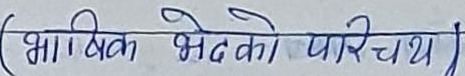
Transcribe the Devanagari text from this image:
(भाविक भेटको परिचय)